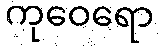
ကုဝေရော